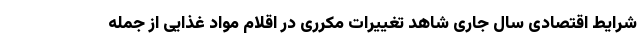
شرایط اقتصادی سال جاری شاهد تغییرات مکرری در اقلام مواد غذایی از جمله